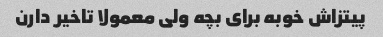
پیتزاش خوبه برای بچه ولی معمولا تاخیر دارن